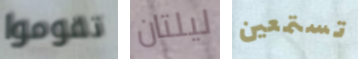
تقوموا ليلتان تستمعين